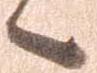
候